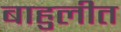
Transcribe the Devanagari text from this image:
बाहुलीत